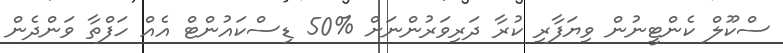
ސްކޫލް ކެންޓީނުން ވިޔަފާރި ކުރާ ދަރިވަރުންނަށް %50 ޑިސްކައުންޓް އެއް ހަފްތާ ވަންދެން